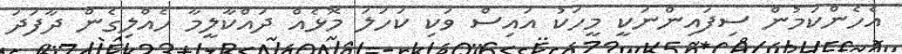
އެހެންކަމުން ސިފައިންނަކީ މީހަކު އައިސް ވަކި ކަހަލަ މޮޅެއް ދައްކާލީމާ ހެއްލިގެން ދާފަދަ